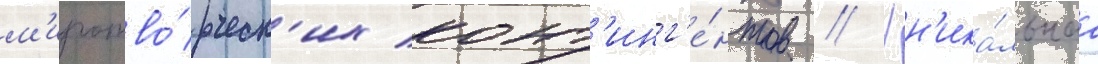
м'иротво́рческ'их конт'инг'е́нтов // Ун'ика́льнаа